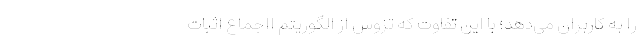
را به کاربران می‌دهد؛ با این تفاوت که تزوس از الگوریتم ااجماع اثبات